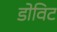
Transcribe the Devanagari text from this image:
डोविट